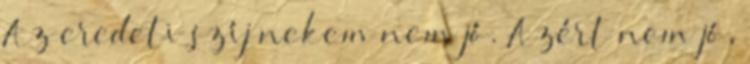
Az eredeti szíj nekem nem jó. Azért nem jó,